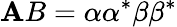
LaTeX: \mathbf{A}B=\alpha\alpha^{*}\beta\beta^{*}